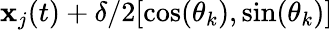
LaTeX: \mathbf{x}_{j}(t)+\delta/2[\cos(\theta_{k}),\sin(\theta_{k})]